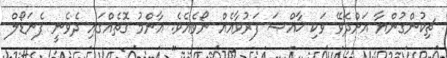
ޗިކުންގުންޔާ އަށްދެވޭ ވަކި ޚާއްޞަ ފަރުވާއެއް ނޯވެއެވެ. އާންމު ގޮތެއްގައި ދެވެނީ ޕެނަޑޯލް